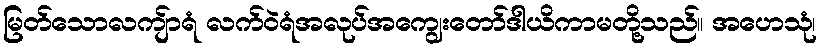
မြတ်သောလကျ်ာရံ လက်ဝဲရံအလုပ်အကျွေးတော်ဒါယိကာမတို့သည်။ အဟေသုံ၊